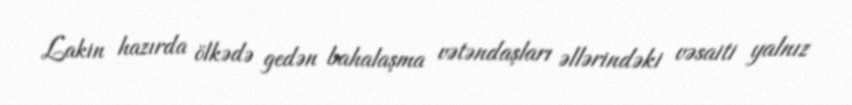
Lakin hazırda ölkədə gedən bahalaşma vətəndaşları əllərindəki vəsaiti yalnız